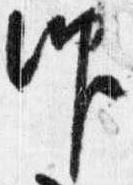
仰